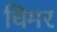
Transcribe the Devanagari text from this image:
धिमर